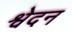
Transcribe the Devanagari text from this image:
श्वेदन